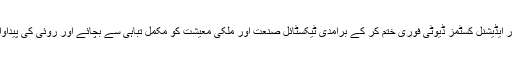
انھوں نے مطالبہ کیاکہ حکومت روئی کی درآمد پر کسٹمز اور ایڈیشنل کسٹمز ڈیوٹی فوری ختم کر کے برآمدی ٹیکسٹائل صنعت اور ملکی معیشت کو مکمل تباہی سے بچائے اور روئی کی پیداوار 2 کروڑ گانٹھ تک پہنچنے کے لیے سنجیدہ کوششیں کرے۔